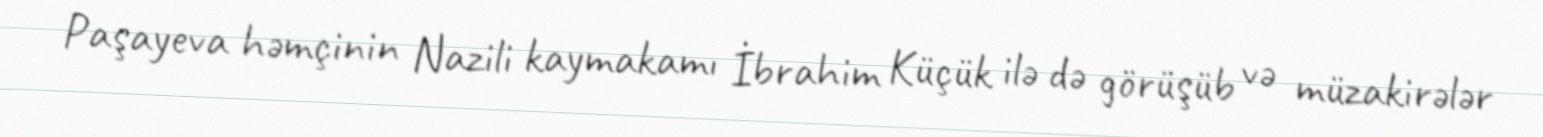
Paşayeva həmçinin Nazili kaymakamı İbrahim Küçük ilə də görüşüb və müzakirələr